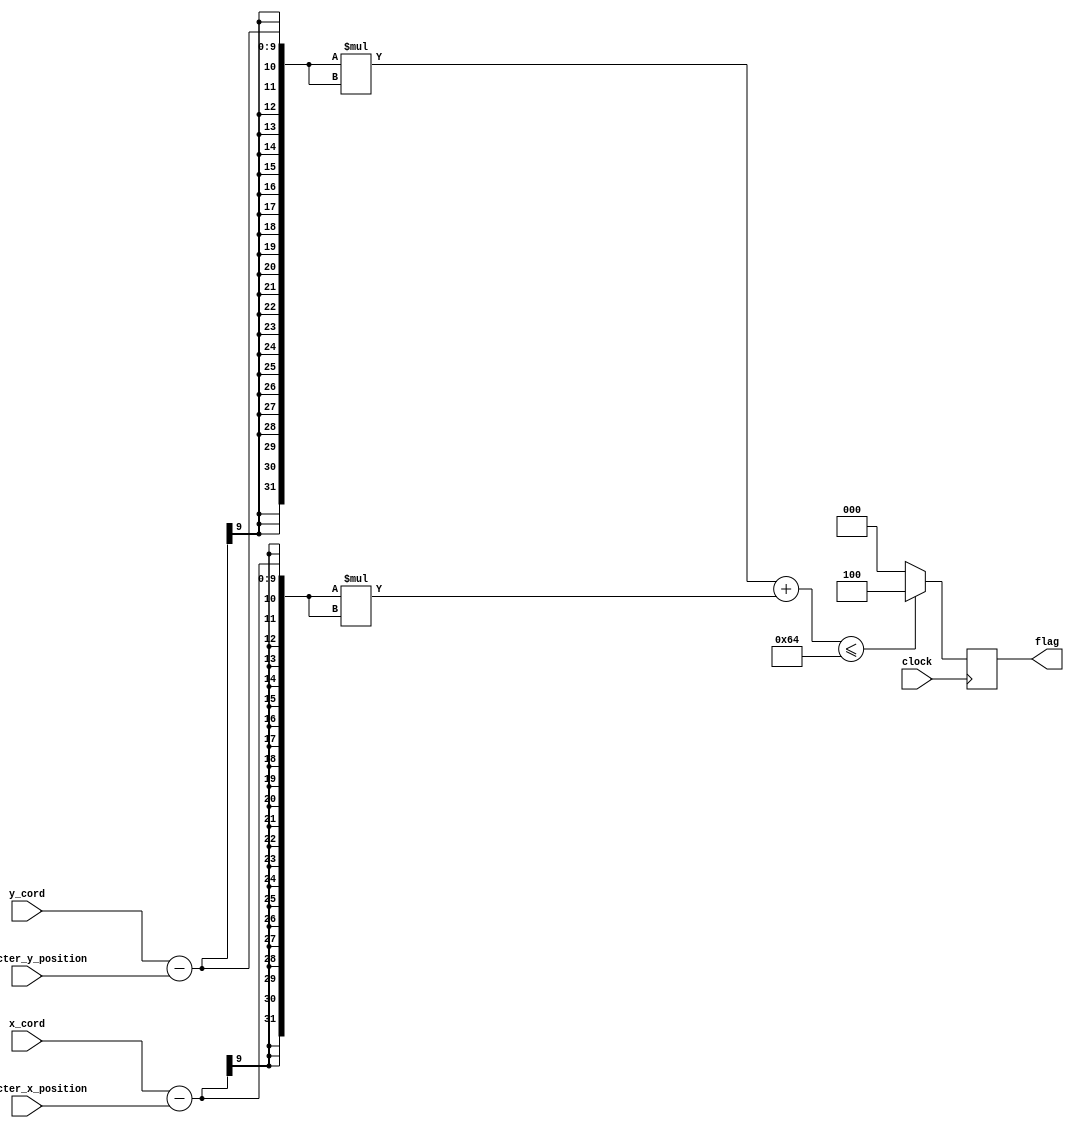
module projectile_1 (flag, x_cord, y_cord, character_x_position, character_y_position, clock);

  // input values
	input [8:0] x_cord, y_cord;
	input clock;
	input [8:0] character_x_position, character_y_position;

	// output values
	output [2:0] flag;

	reg [2:0] colour;

  always @(posedge clock)
		begin
			// set the default value for collision checking
			colour = 3'b000;
      if (((y_cord - character_y_position) * (y_cord - character_y_position)) + ((x_cord - character_x_position) * (x_cord - character_x_position)) <= 100)
        colour = 3'b100;
			end

		// assign the output
		assign flag = colour;

endmodule

module projectile_3 (flag, x_cord, y_cord, character_x_position, character_y_position, clock);

  // input values
	input [8:0] x_cord, y_cord;
	input clock;
	input [8:0] character_x_position, character_y_position;

	// output values
	output [2:0] flag;

	reg [2:0] colour;

  always @(posedge clock)
		begin
			// set the default value for collision checking
			colour = 3'b000;
			begin
			if (x_cord >= character_x_position && x_cord <= character_x_position + 8 && y_cord == character_y_position)
				colour = 3'b100;
			end
		end

		// assign the output
		assign flag = colour;

endmodule